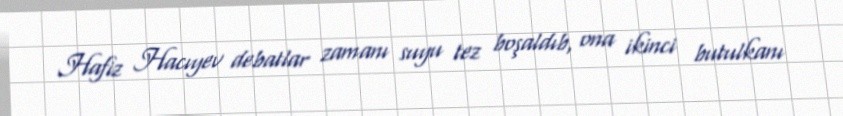
Hafiz Hacıyev debatlar zamanı suyu tez boşaldıb, ona ikinci butulkanı